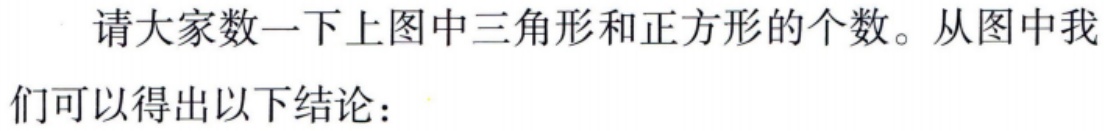
请大家数一下上图中三角形和正方形的个数。从图中我们可以得出以下结论：